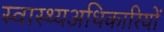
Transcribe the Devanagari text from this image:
स्वास्थ्यअधिकारियों